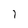
Character: 7